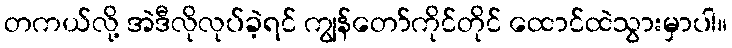
တကယ်လို့ အဲဒီလိုလုပ်ခဲ့ရင် ကျွန်တော်ကိုင်တိုင် ထောင်ထဲသွားမှာပါ။